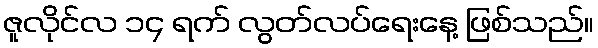
ဇူလိုင်လ ၁၄ ရက် လွတ်လပ်ရေးနေ့ ဖြစ်သည်။